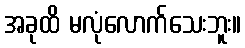
အခုထိ မလုံလောက်သေးဘူး။